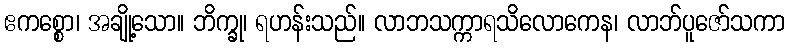
ဧကစ္စော၊ အချို့သော။ ဘိက္ခု၊ ရဟန်းသည်။ လာဘသက္ကာရသိလောကေန၊ လာဘ်ပူဇော်သကာ